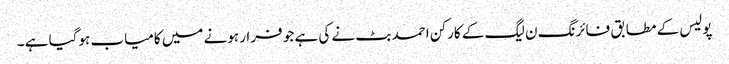
پولیس کے مطابق فائرنگ ن لیگ کے کارکن احمد بٹ نے کی ہے جو فرار ہونے میں کامیاب ہوگیا ہے ۔